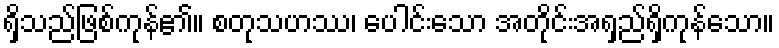
ရှိသည်ဖြစ်ကုန်၏။ စတုသဟဿ၊ ပေါင်းသော အတိုင်းအရှည်ရှိကုန်သော။